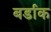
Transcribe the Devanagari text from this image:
बर्डाक